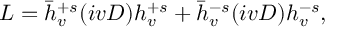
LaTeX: { \cal L } = \bar { h } _ { v } ^ { + s } ( i v D ) h _ { v } ^ { + s } + \bar { h } _ { v } ^ { - s } ( i v D ) h _ { v } ^ { - s } ,